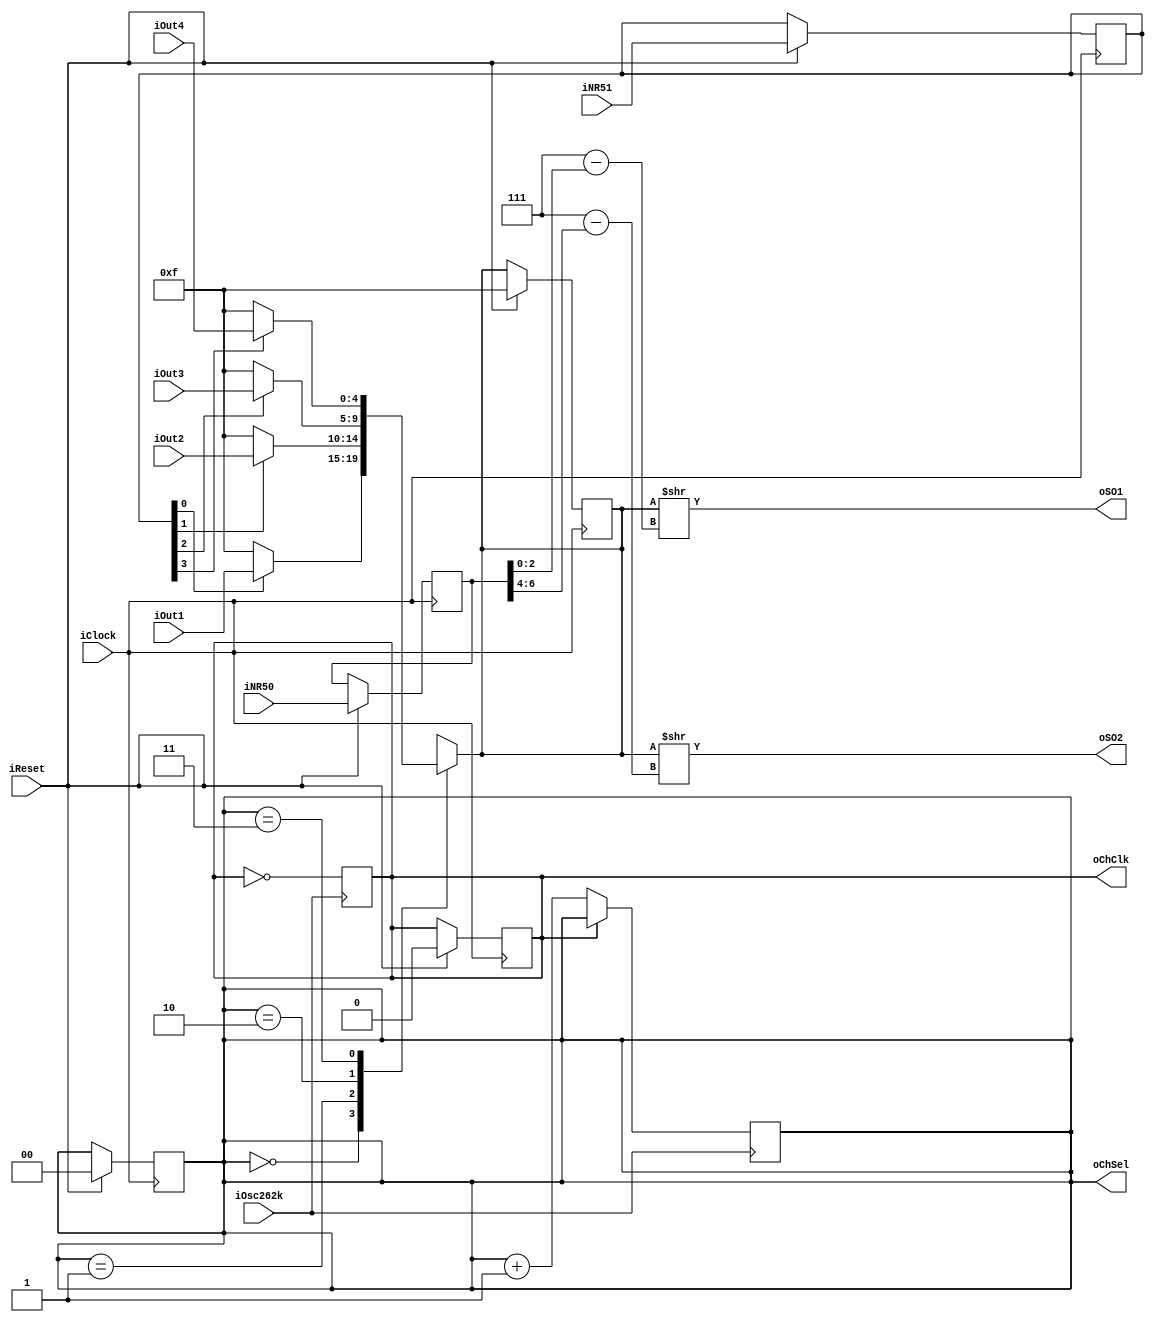
module SoundCtrlMX 
  (
    input wire		iClock,			
    input wire		iReset,
    input wire		iOsc262k,		
    input wire [4:0] iOut1,   	
    input wire [4:0] iOut2,	
    input wire [4:0] iOut3,	
    input wire [4:0] iOut4,	
    input wire [7:0] iNR50,   	
    input wire [7:0] iNR51,   	
    output reg [4:0] 	oSO1, 	
    output reg [4:0] 	oSO2, 	 
    output wire [1:0]	oChSel,
    output wire			oChClk
  );
reg [7:0] rNR50, rNR51;
reg [4:0] rSO1_PRE, rSO2_PRE;
reg rSer_clk; 			
reg [1:0] rSer_sel; 		
always @ (posedge iClock) begin
	if (iReset) begin
		rNR50 <= iNR50;
		rNR51 <= iNR51;
		rSer_sel <= 2'b0;
		rSer_clk <= 1'b0;
		rSO1_PRE <= 5'd15;
		rSO2_PRE <= 5'd15;		
	end
end
always @ (posedge iOsc262k) begin
		rSer_clk <= ~rSer_clk; 	
		rSer_sel <= (~rSer_clk) ? rSer_sel + 1 : rSer_sel;
end
always @ (*) begin
	case (rSer_sel)
		2'd0: begin
			rSO1_PRE = (rNR51[0]) ? iOut1 : 5'd15;
			rSO2_PRE = (rNR51[4]) ? iOut1 : 5'd15; 
		end
		2'd1: begin
			rSO1_PRE = (rNR51[1]) ? iOut2 : 5'd15;
			rSO2_PRE = (rNR51[5]) ? iOut2 : 5'd15;
		end
		2'd2: begin
			rSO1_PRE = (rNR51[2]) ? iOut3 : 5'd15;
			rSO2_PRE = (rNR51[6]) ? iOut3 : 5'd15;
		end
		2'd3: begin
			rSO1_PRE = (rNR51[3]) ? iOut4 : 5'd15;
			rSO2_PRE = (rNR51[7]) ? iOut4 : 5'd15;
		end
		default: begin
			rSO1_PRE = 5'dX;
			rSO2_PRE = 5'dX;
		end
	endcase
	oSO1 = rSO1_PRE >> (3'd7-rNR50[2:0]);
	oSO2 = rSO1_PRE >> (3'd7-rNR50[6:4]);	
end
assign oChSel = rSer_sel;
assign oChClk = rSer_clk;
endmodule